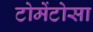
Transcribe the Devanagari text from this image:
टोमेंटोसा